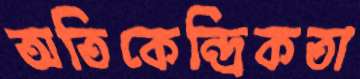
অতিকেন্দ্রিকতা